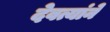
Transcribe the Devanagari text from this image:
देवत्यांने